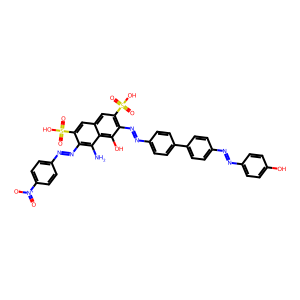
SMILES: Nc1c(N=Nc2ccc([N+](=O)[O-])cc2)c(S(=O)(=O)O)cc2cc(S(=O)(=O)O)c(N=Nc3ccc(-c4ccc(N=Nc5ccc(O)cc5)cc4)cc3)c(O)c12
Inhibits HIV replication: No